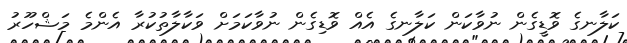
ކަލާނގެ ވޮޑީގެން ނުވާކަން ކަލާނގެ އެއް ވޮޑިގެން ނުވާކަމަށް ވަކާލާތުކުރާ އެންމެ މަޝްހޫރު